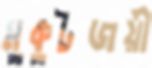
মুকুটজয়ী